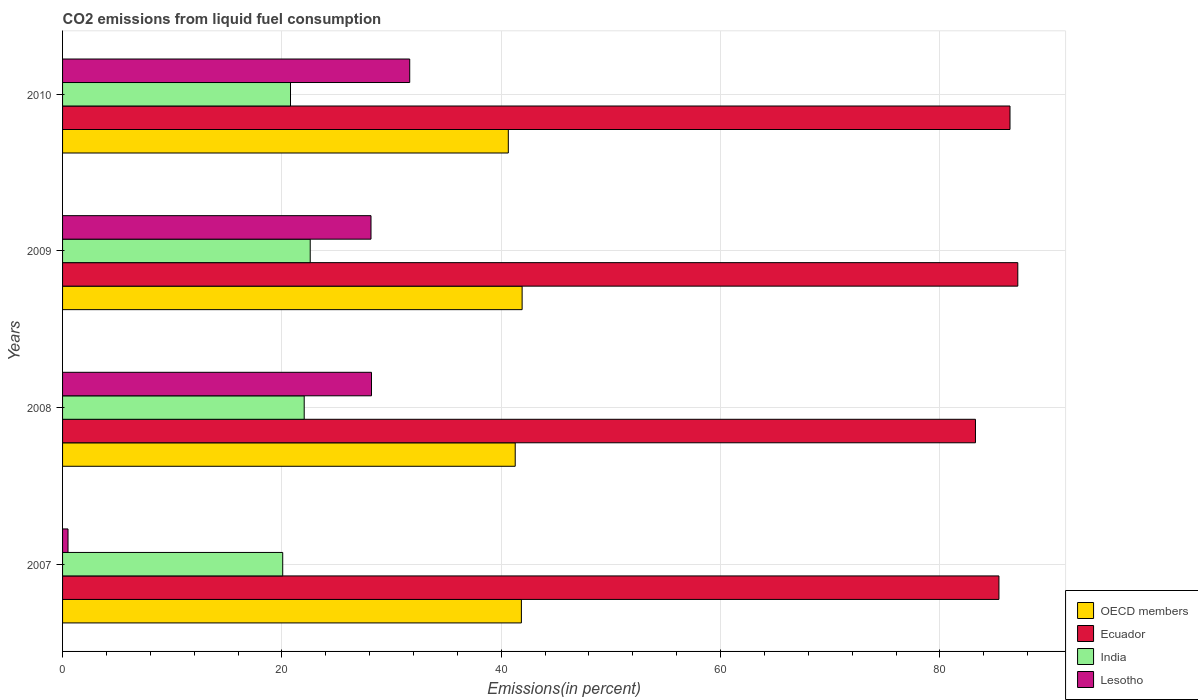
| Years | OECD members | Ecuador | India | Lesotho |
 | --- | --- | --- | --- | --- |
 | 2007 | 41.8 | 85.4 | 20.1 | 0.498 |
 | 2008 | 41.3 | 83.2 | 22 | 28.2 |
 | 2009 | 41.9 | 87.1 | 22.6 | 28.1 |
 | 2010 | 40.6 | 86.4 | 20.8 | 31.7 |